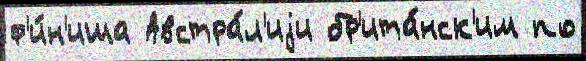
ф'и́н'иша Австра́л'иjи бр'ита́нск'им по